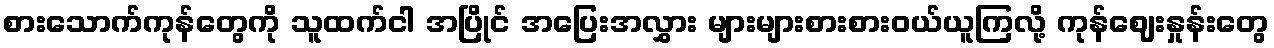
စားသောက်ကုန်တွေကို သူထက်ငါ အပြိုင် အပြေးအလွှား များများစားစားဝယ်ယူကြလို့ ကုန်ဈေးနှုန်းတွေ